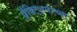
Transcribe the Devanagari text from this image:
प्रॅक्टिशनरच्या